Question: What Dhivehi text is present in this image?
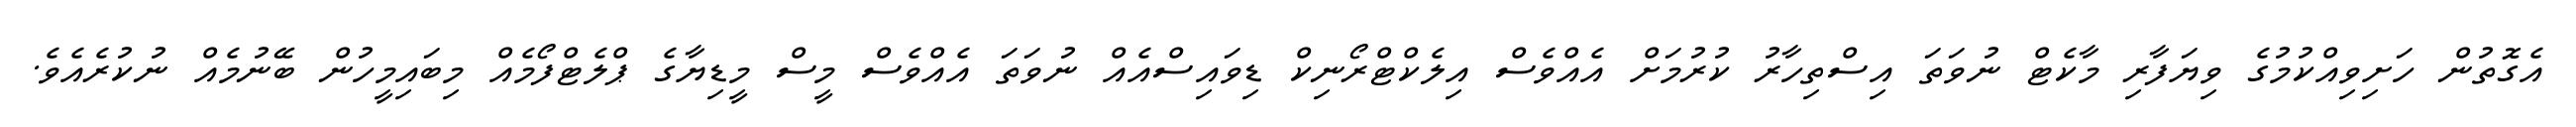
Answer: އެގޮތުން ހަށިވިއްކުމުގެ ވިޔަފާރި މާކެޓް ނުވަތަ އިސްތިހާރު ކުރުމަށް އެއްވެސް އިލެކްޓްރޯނިކް ޑިވައިސްއެއް ނުވަތަ އެއްވެސް މީސް މީޑިޔާގެ ޕްލެޓްފޯމެއް މިބައިމީހުން ބޭނުމެއް ނުކުރެއެވެ.